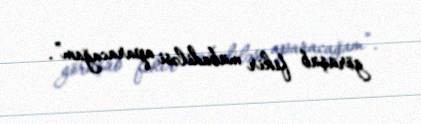
görüşüb fikir mübadiləsi aparacağam”.